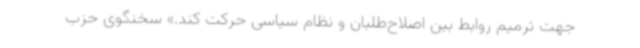
جهت ترمیم روابط بین اصلاح‌طلبان و نظام سیاسی حرکت کند.» سخنگوی حزب